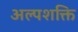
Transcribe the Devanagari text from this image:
अल्‍पशक्ति